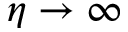
\eta \to \infty